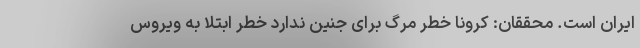
ایران است. محققان: کرونا خطر مرگ برای جنین ندارد خطر ابتلا به ویروس